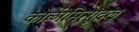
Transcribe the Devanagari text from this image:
कोळीमिन्गुदल